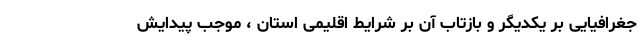
جغرافیایی بر یکدیگر و بازتاب آن بر شرایط اقلیمی استان ،‌ موجب پیدایش